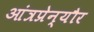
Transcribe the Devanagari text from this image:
आंत्रप्रेन्यौर